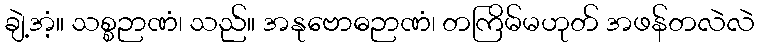
ချဲ့အံ့။ သစ္စဉာဏံ၊ သည်။ အနုဗောဓဉာဏံ၊ တကြိမ်မဟုတ် အဖန်တလဲလဲ